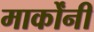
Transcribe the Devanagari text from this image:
मार्कोंनी